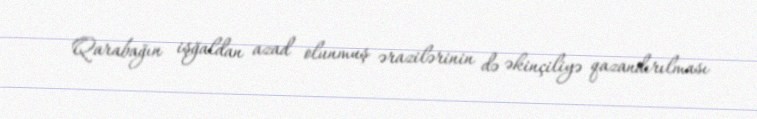
Qarabağın işğaldan azad olunmuş ərazilərinin də əkinçiliyə qazandırılması